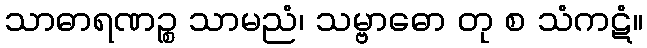
သာဓာရဏဉ္စ သာမညံ၊ သမ္ဗာဓော တု စ သံကဋံ။